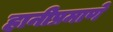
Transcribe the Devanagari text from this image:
हानीप्रमाणे